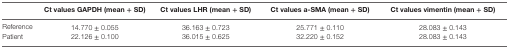
<table><thead><tr><td></td><td><b>Ct values GAPDH (mean + SD)</b></td><td><b>Ct values LHR (mean + SD)</b></td><td><b>Ct values a-SMA (mean + SD)</b></td><td><b>Ct values vimentin (mean + SD)</b></td></tr></thead><tbody><tr><td>Reference</td><td>14.770 ± 0.055</td><td>36.163 ± 0.723</td><td>25.771 ± 0.110</td><td>28.083 ± 0.143</td></tr><tr><td>Patient</td><td>22.126 ± 0.100</td><td>36.015 ± 0.625</td><td>32.220 ± 0.152</td><td>28.083 ± 0.143</td></tr></tbody></table>